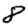
Digit: 8